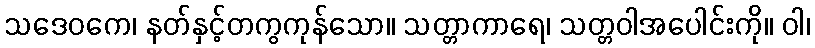
သဒေဝကေ၊ နတ်နှင့်တကွကုန်သော။ သတ္တာကာရေ၊ သတ္တဝါအပေါင်းကို။ ဝါ၊